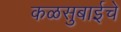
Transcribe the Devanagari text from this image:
कळसुबाईचे